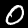
Digit: 0